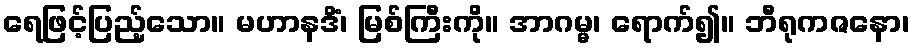
ရေဖြင့်ပြည့်သော။ မဟာနဒိံ၊ မြစ်ကြီးကို။ အာဂမ္မ၊ ရောက်၍။ ဘီရုကဇနော၊